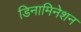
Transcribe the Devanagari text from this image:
डिनामिनेशन